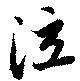
泣